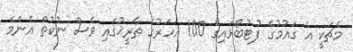
މެޗަކީ އެ ގައުމުގެ ފުޓުބޯޅައިގެ 100 އަހަރުގެ ތާރީޚުގައި ވެސް ނުކުތް އެންމެ